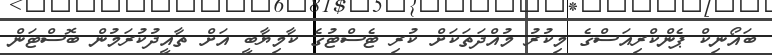
ބައޯނިކް ޕެންކްރިއަސްގެ މިކުރު މުއްދަތަކަށް ކުރި ޓެސްޓުގެ ކާމިޔާބީ އަށް ތާއީދުކުރަމުން ބޮސްޓަން